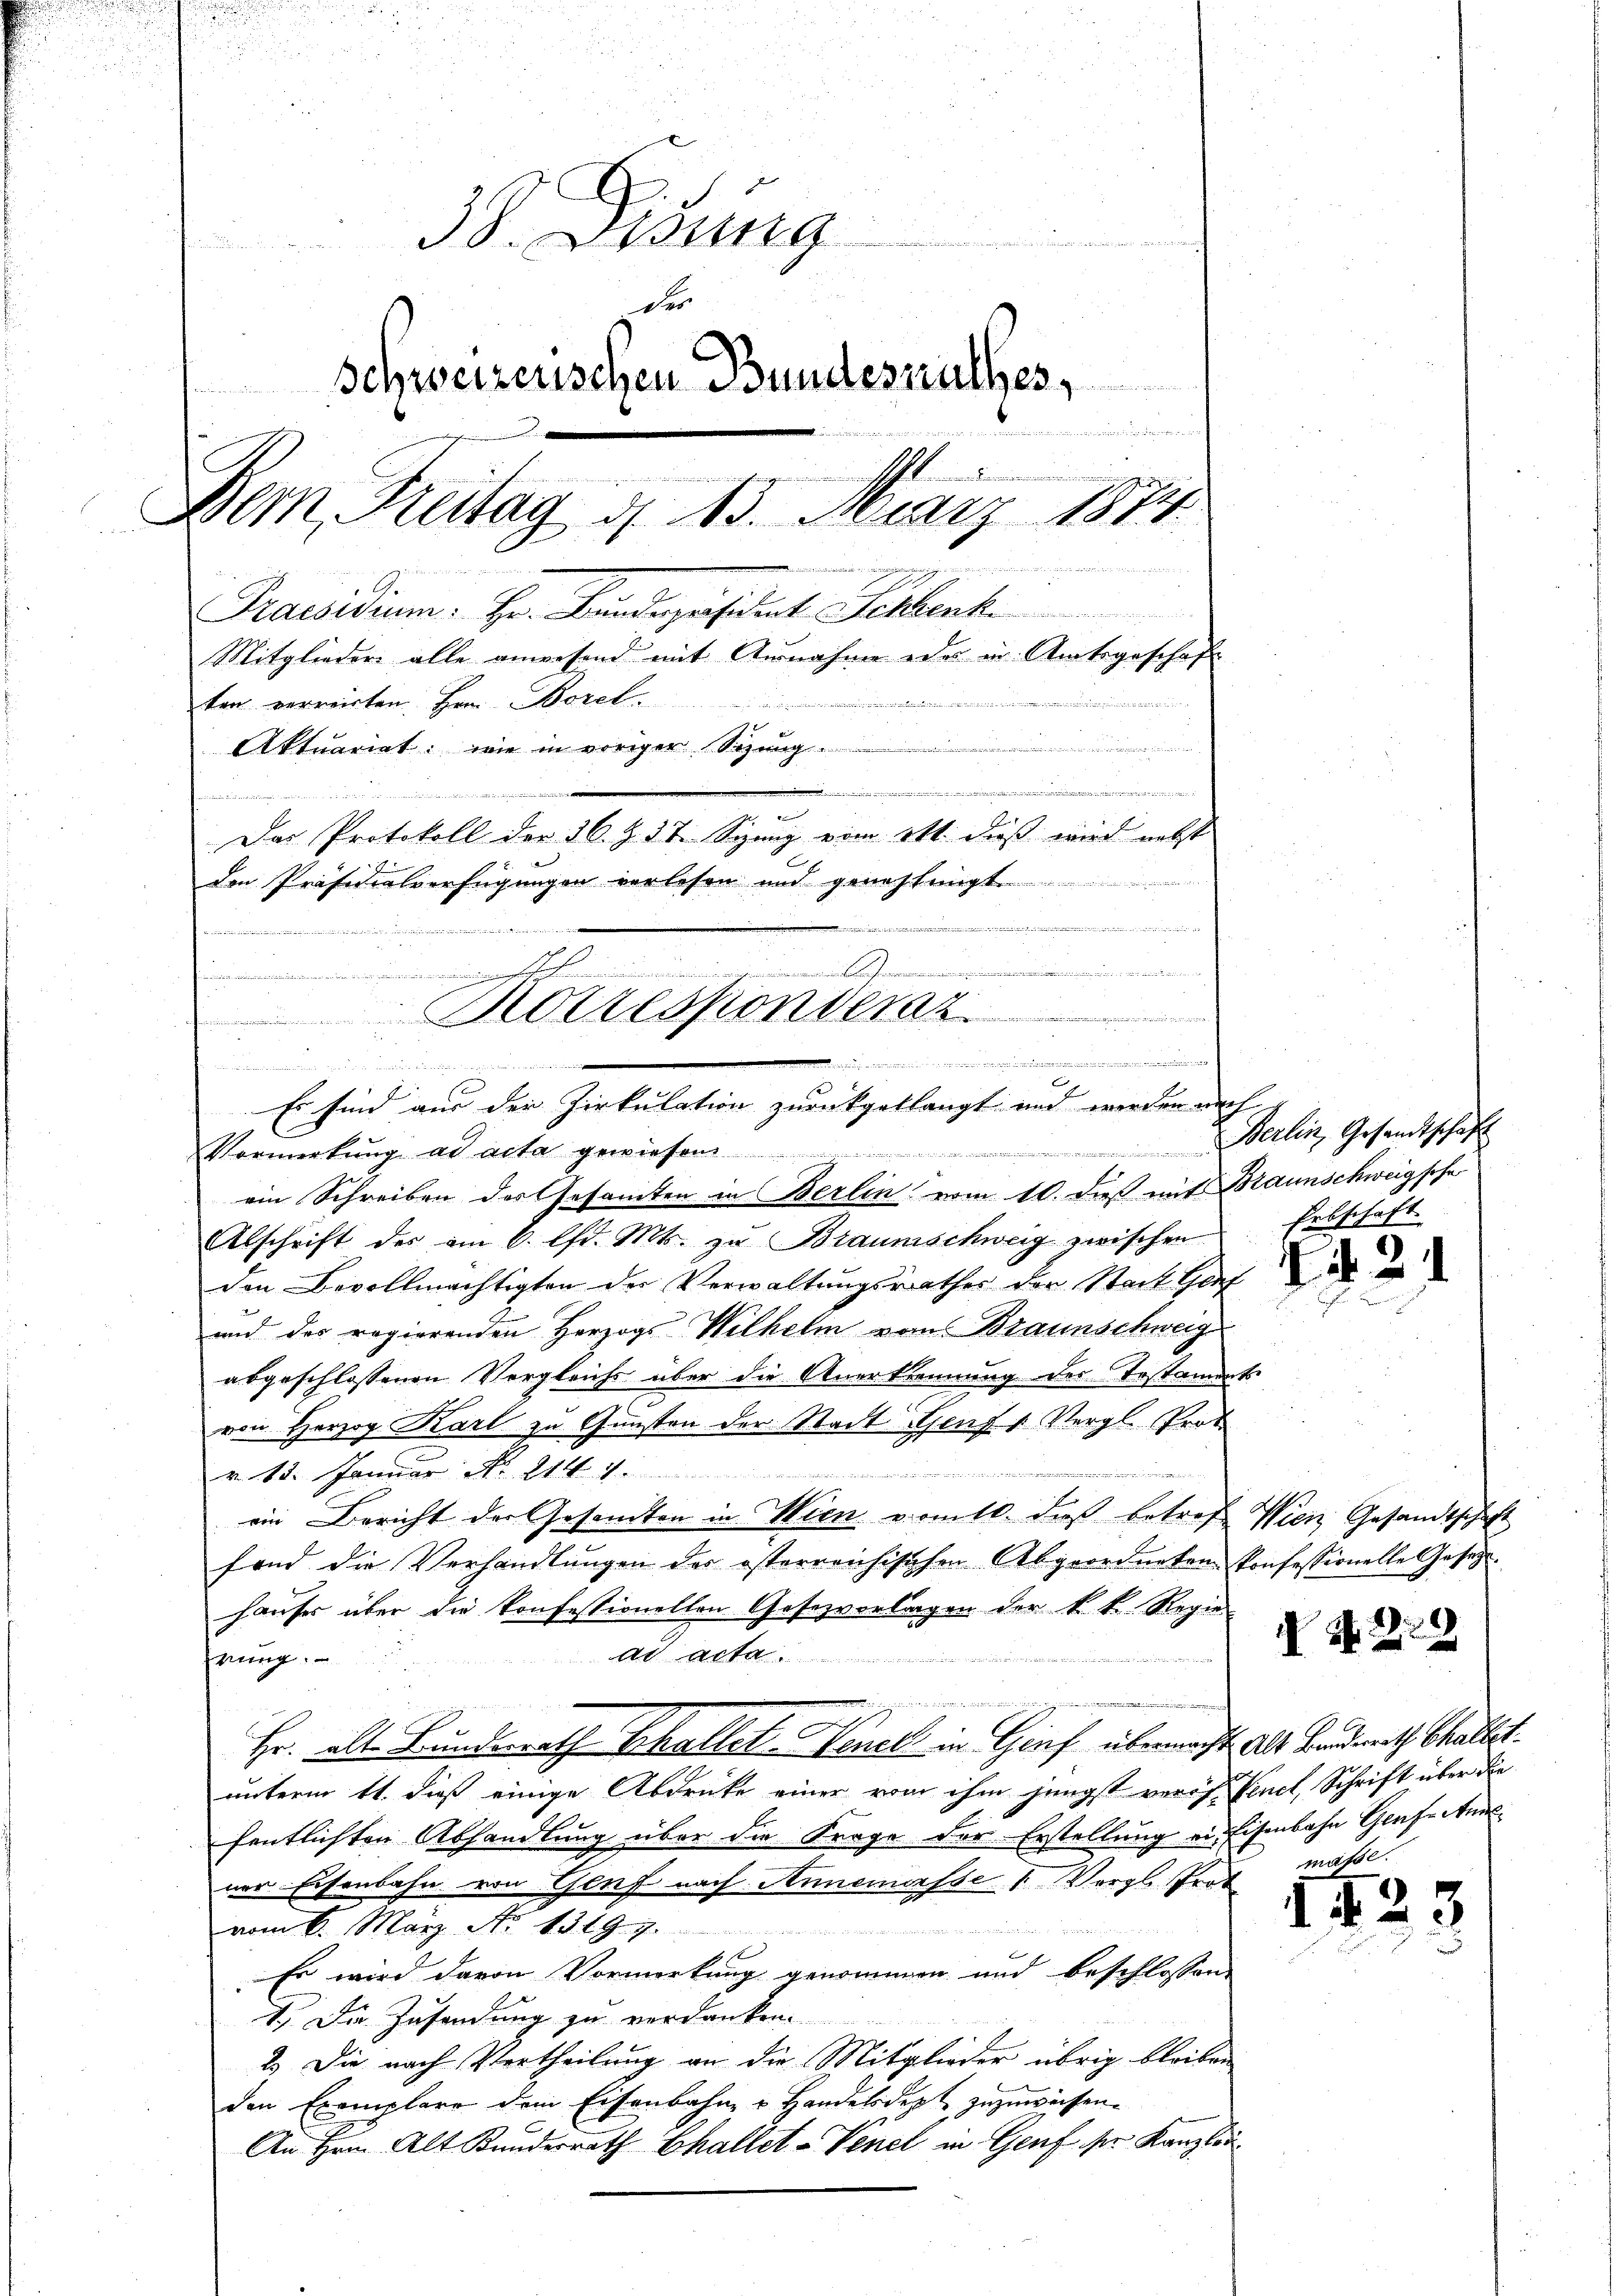
38. Zung
i
der
schweizenschen Bundesrathes,

I
Dem Kreitag d. 13. März 1874
Praesidium. Hr. Bandespräsident Schenk
Mitglieder alle anwesend mit Ausnahme oder in Amtsgeschaft
ten verreirten Hrn. Borel
d
Aktuariat, wie in voriger Sizung.
1244
iehende u. seinen ein Martiger und der A
ueder, in
Das Protokoll der 16. Z. 37 Spung vom 14t. dieß wird nebst
den Präsidialverfügungen verlesen und genehmigt.

.

s
s
Korresponderat
.

.
1
Es sind aus der Zirkulation zurückgetlangt und werden auch

Vermerkŭng ad acta gewiesen
ein Schreiben des Gesamten in Berlin vom 10. dieß mit Braunschweigsche
Abschrift des am 6. lfd. Mts. zu Braumschweig zwischen
den Bevollmächtigten der Verwaltungsrathes der Stadt Genf
und des regierenden Herzogs Wilhelm von Braunschweig
abgeschlossenen Vergleichs über die Anerkennung des Testaments
von Herzog Karl zu Gunsten der Stadt Genf 1 Vergl. Prof
v. 13. Januar No. 214. 4.
ein Bericht der Gesamten in Wien vom 10. dieß betref Wien Gesandtschaft
fond die Verhandlungen der österreichischen Abgeordneten Konfessionelle Gesetz
hauses über die konfessionellen Gesezvortragen der k. k. Regiead acta.
rung.
Hr. als Bunderath Thallet. Venel in Graf übermacht. Als Bandent Challet
unterm 11. dieß einige Abdrücke einer vom ihm jüngst verof. Venel, Schrift über die
fentlichten Abhandlung über die Frage der Erstellung ein Eisenbahn Genfeanne
ner Eisenbahn von Genf nach Annemesse Vergl. Prot
vom 6. März No 1319. g.

Er wird davon Vormerkung genommen und beschlossen
1.) Die Zusendung zu verdanken.
2.) Die nach Vertheilung an die Mitglieder übrig bleiben
den Exemplare dem Eisenbahn u Handelsdept zuzuweisen.
An Hrn. Alt Kundesrath Challet - Venel in Genf sr Kanzlei¬

Berlin, Gesandtschaft
Ertschaft.

.

¬

N. 229

afol.